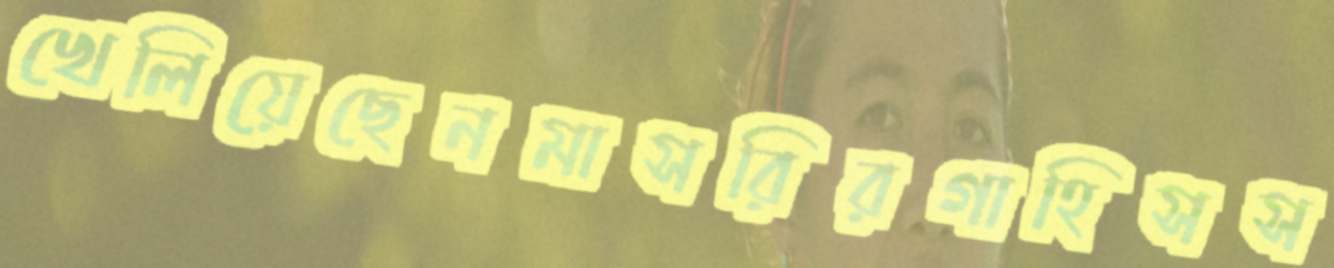
খেলিয়েছেনমাসরিরগাহিসস